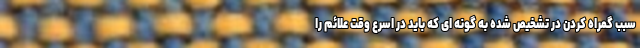
سبب گمراه کردن در تشخیص شده به گونه ای که باید در اسرع وقت علائم را